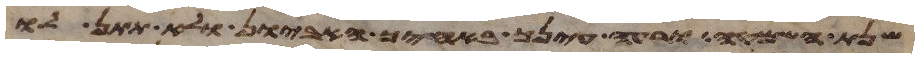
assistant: שנת השמטה ורעה עינך באחיך האביון ולא תתן לו